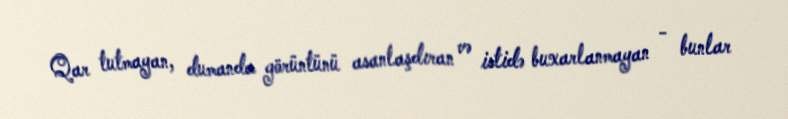
Qar tutmayan, dumanda görüntünü asanlaşdıran və istidə buxarlanmayan - bunlar